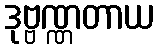
ဒုဗ္ဗဏ္ဏတာယ